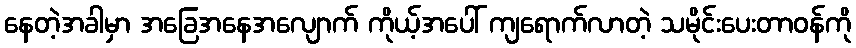
နေတဲ့အခါမှာ အခြေအနေအလျောက် ကိုယ့်အပေါ် ကျရောက်လာတဲ့ သမိုင်းပေးတာဝန်ကို